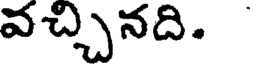
వచ్చినది.